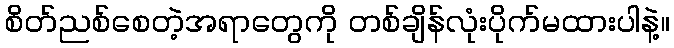
စိတ်ညစ်စေတဲ့အရာတွေကို တစ်ချိန်လုံးပိုက်မထားပါနဲ့။